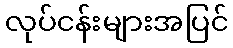
လုပ်ငန်းများအပြင်